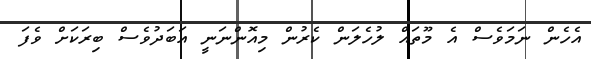
އެހެން ނަމަވެސް އެ މޫތައް ލުހެލަން ކެރުން މިއޮންނަނީ އަބަދުވެސް ބިރަކަށް ވެފަ